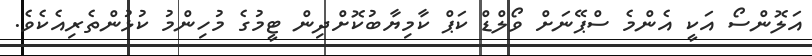
އަލޮންސޯ އަކީ އެންމެ ސްޕޭނަށް ވޯލްޑް ކަޕް ކާމިޔާބުކޮށްދިން ޓީމުގެ މުހިންމު ކުޅުންތެރިއެކެވެ.